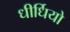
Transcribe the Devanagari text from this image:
धीर्धियो